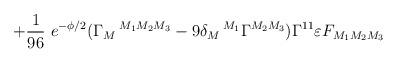
LaTeX: \begin{align*}+{1\over 96}~e^{-\phi/2} (\Gamma_M\,^{M_1M_2M_3} - 9\delta_M\,^{M_1}\Gamma^{M_2M_3}) \Gamma^{11} \varepsilon F_{M_1M_2M_3}\end{align*}